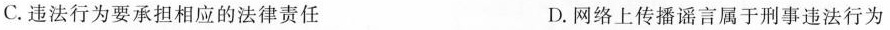
C. 违法行为要承担相应的法律责任 D. 网络上传播谣言属于刑事违法行为